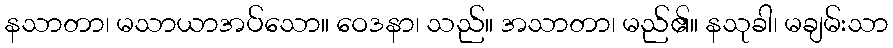
နသာတာ၊ မသာယာအပ်သော။ ဝေဒနာ၊ သည်။ အသာတာ၊ မည်၏။ နသုခါ၊ မချမ်းသာ